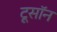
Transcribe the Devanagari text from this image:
टूसॉन